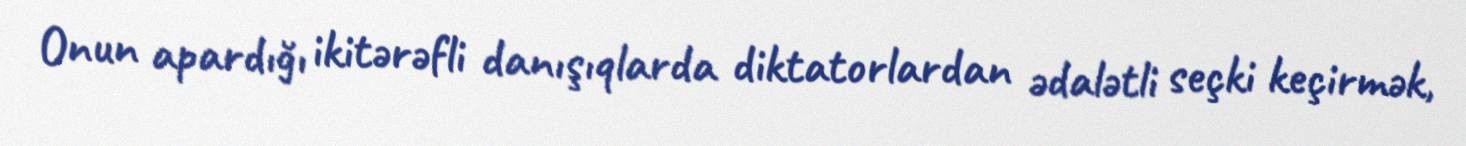
Onun apardığı ikitərəfli danışıqlarda diktatorlardan ədalətli seçki keçirmək,